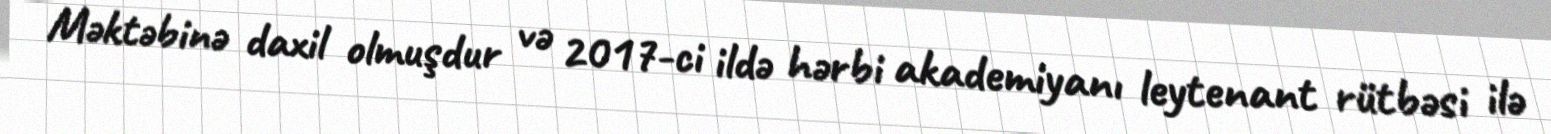
Məktəbinə daxil olmuşdur və 2017-ci ildə hərbi akademiyanı leytenant rütbəsi ilə